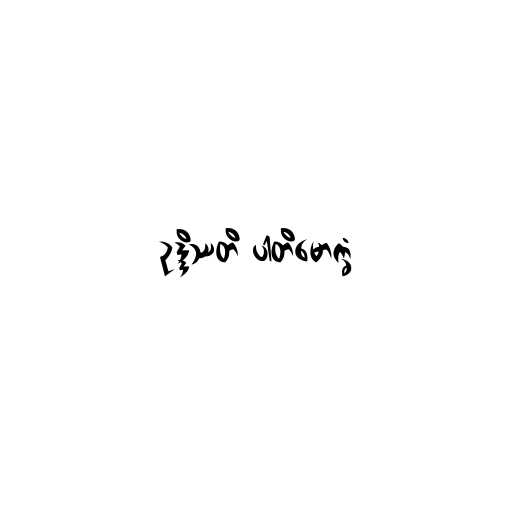
ဥဒ္ဒိဿတိ ပါတိမောက္ခံ